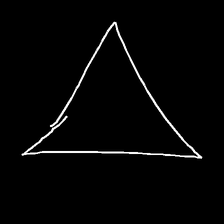
Glyph: convergence